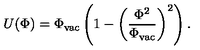
U ( \Phi ) = \Phi _ { \mathrm { v a c } } \left( 1 - \left( \frac { \Phi ^ { 2 } } { \Phi _ { \mathrm { v a c } } } \right) ^ { 2 } \right) .